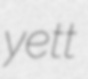
yett